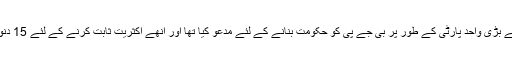
گورنر نے سب سے بڑی واحد پارٹی کے طور پر بی جے پی کو حکومت بنانے کے لئے مدعو کیا تھا اور انهے اکثریت ثابت کرنے کے لئے 15 دنوں کا وقت دیا ہے۔